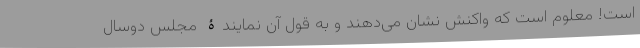
است! معلوم است که واکنش نشان می‌دهند و به قول آن نمایندۀ مجلس دوسال